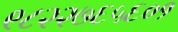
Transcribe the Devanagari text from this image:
९८२२७६५६०१